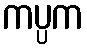
ကပ္ပက